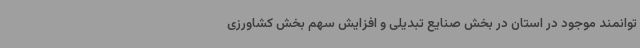
توانمند موجود در استان در بخش صنایع تبدیلی و افزایش سهم بخش کشاورزی